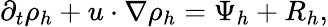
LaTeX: \partial_{t}\rho_{h}+u\cdot\nabla\rho_{h}=\Psi_{h}+R_{h},